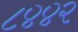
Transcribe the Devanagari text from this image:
८४४२